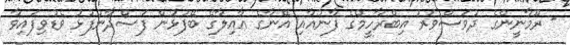
- ރޫމާނީންގެ ދުވަސްވަރު އިބްރާހީމްގެ ފާނުއާއި އޭނާގެ އާއިލާގެ ބޭފުޅުން ފަސްދާނުފުޅު ވެޑުވިފައިވާ